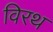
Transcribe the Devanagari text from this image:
विरथ